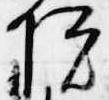
院